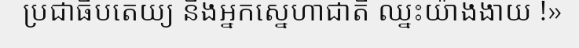
ប្រជាធិបតេយ្យ និងអ្នកស្នេហាជាតិ ឈ្នះយ៉ាងងាយ !»